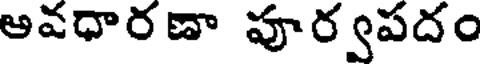
అవధారణా పూర్వపదం